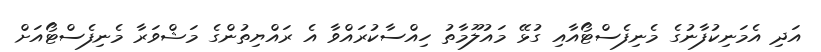
އަދި އެމަނިކުފާނުގެ މެނިފެސްޓޯއާއި ގުޅޭ މައުލޫމާތު ހިއްސާކުރައްވާ އެ ރައްޔިތުންގެ މަޝްވަރާ މެނިފެސްޓޯއަށް